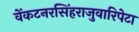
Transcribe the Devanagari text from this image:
वेंकटनरसिंहराजुवारिपेटा